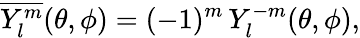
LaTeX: \overline{{Y_{l}^{m}}}(\theta,\phi)=(-1)^{m}\, Y_{l}^{-m}(\theta,\phi),